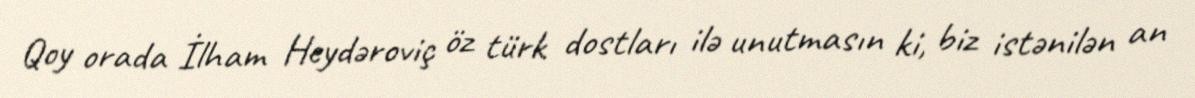
Qoy orada İlham Heydəroviç öz türk dostları ilə unutmasın ki, biz istənilən an